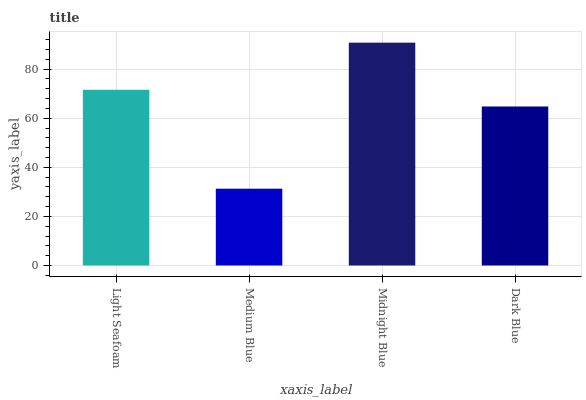
| xaxis_label | bars |
 | --- | --- |
 | Light Seafoam | 71.6 |
 | Medium Blue | 31.3 |
 | Midnight Blue | 90.8 |
 | Dark Blue | 64.8 |